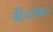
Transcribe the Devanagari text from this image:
बी॰टेक॰